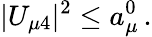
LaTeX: |U_{\mu 4}|^{2}\leq a_{\mu}^{0}\, .